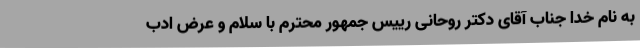
به نام خدا جناب آقای دکتر روحانی رییس جمهور محترم با سلام و عرض ادب